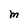
Character: M